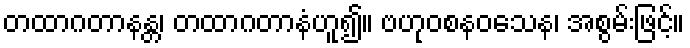
တထာဂတာနန္တ၊ တထာဂတာနံဟူ၍။ ဗဟုဝစနဝသေန၊ အစွမ်းဖြင့်။